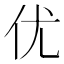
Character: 优